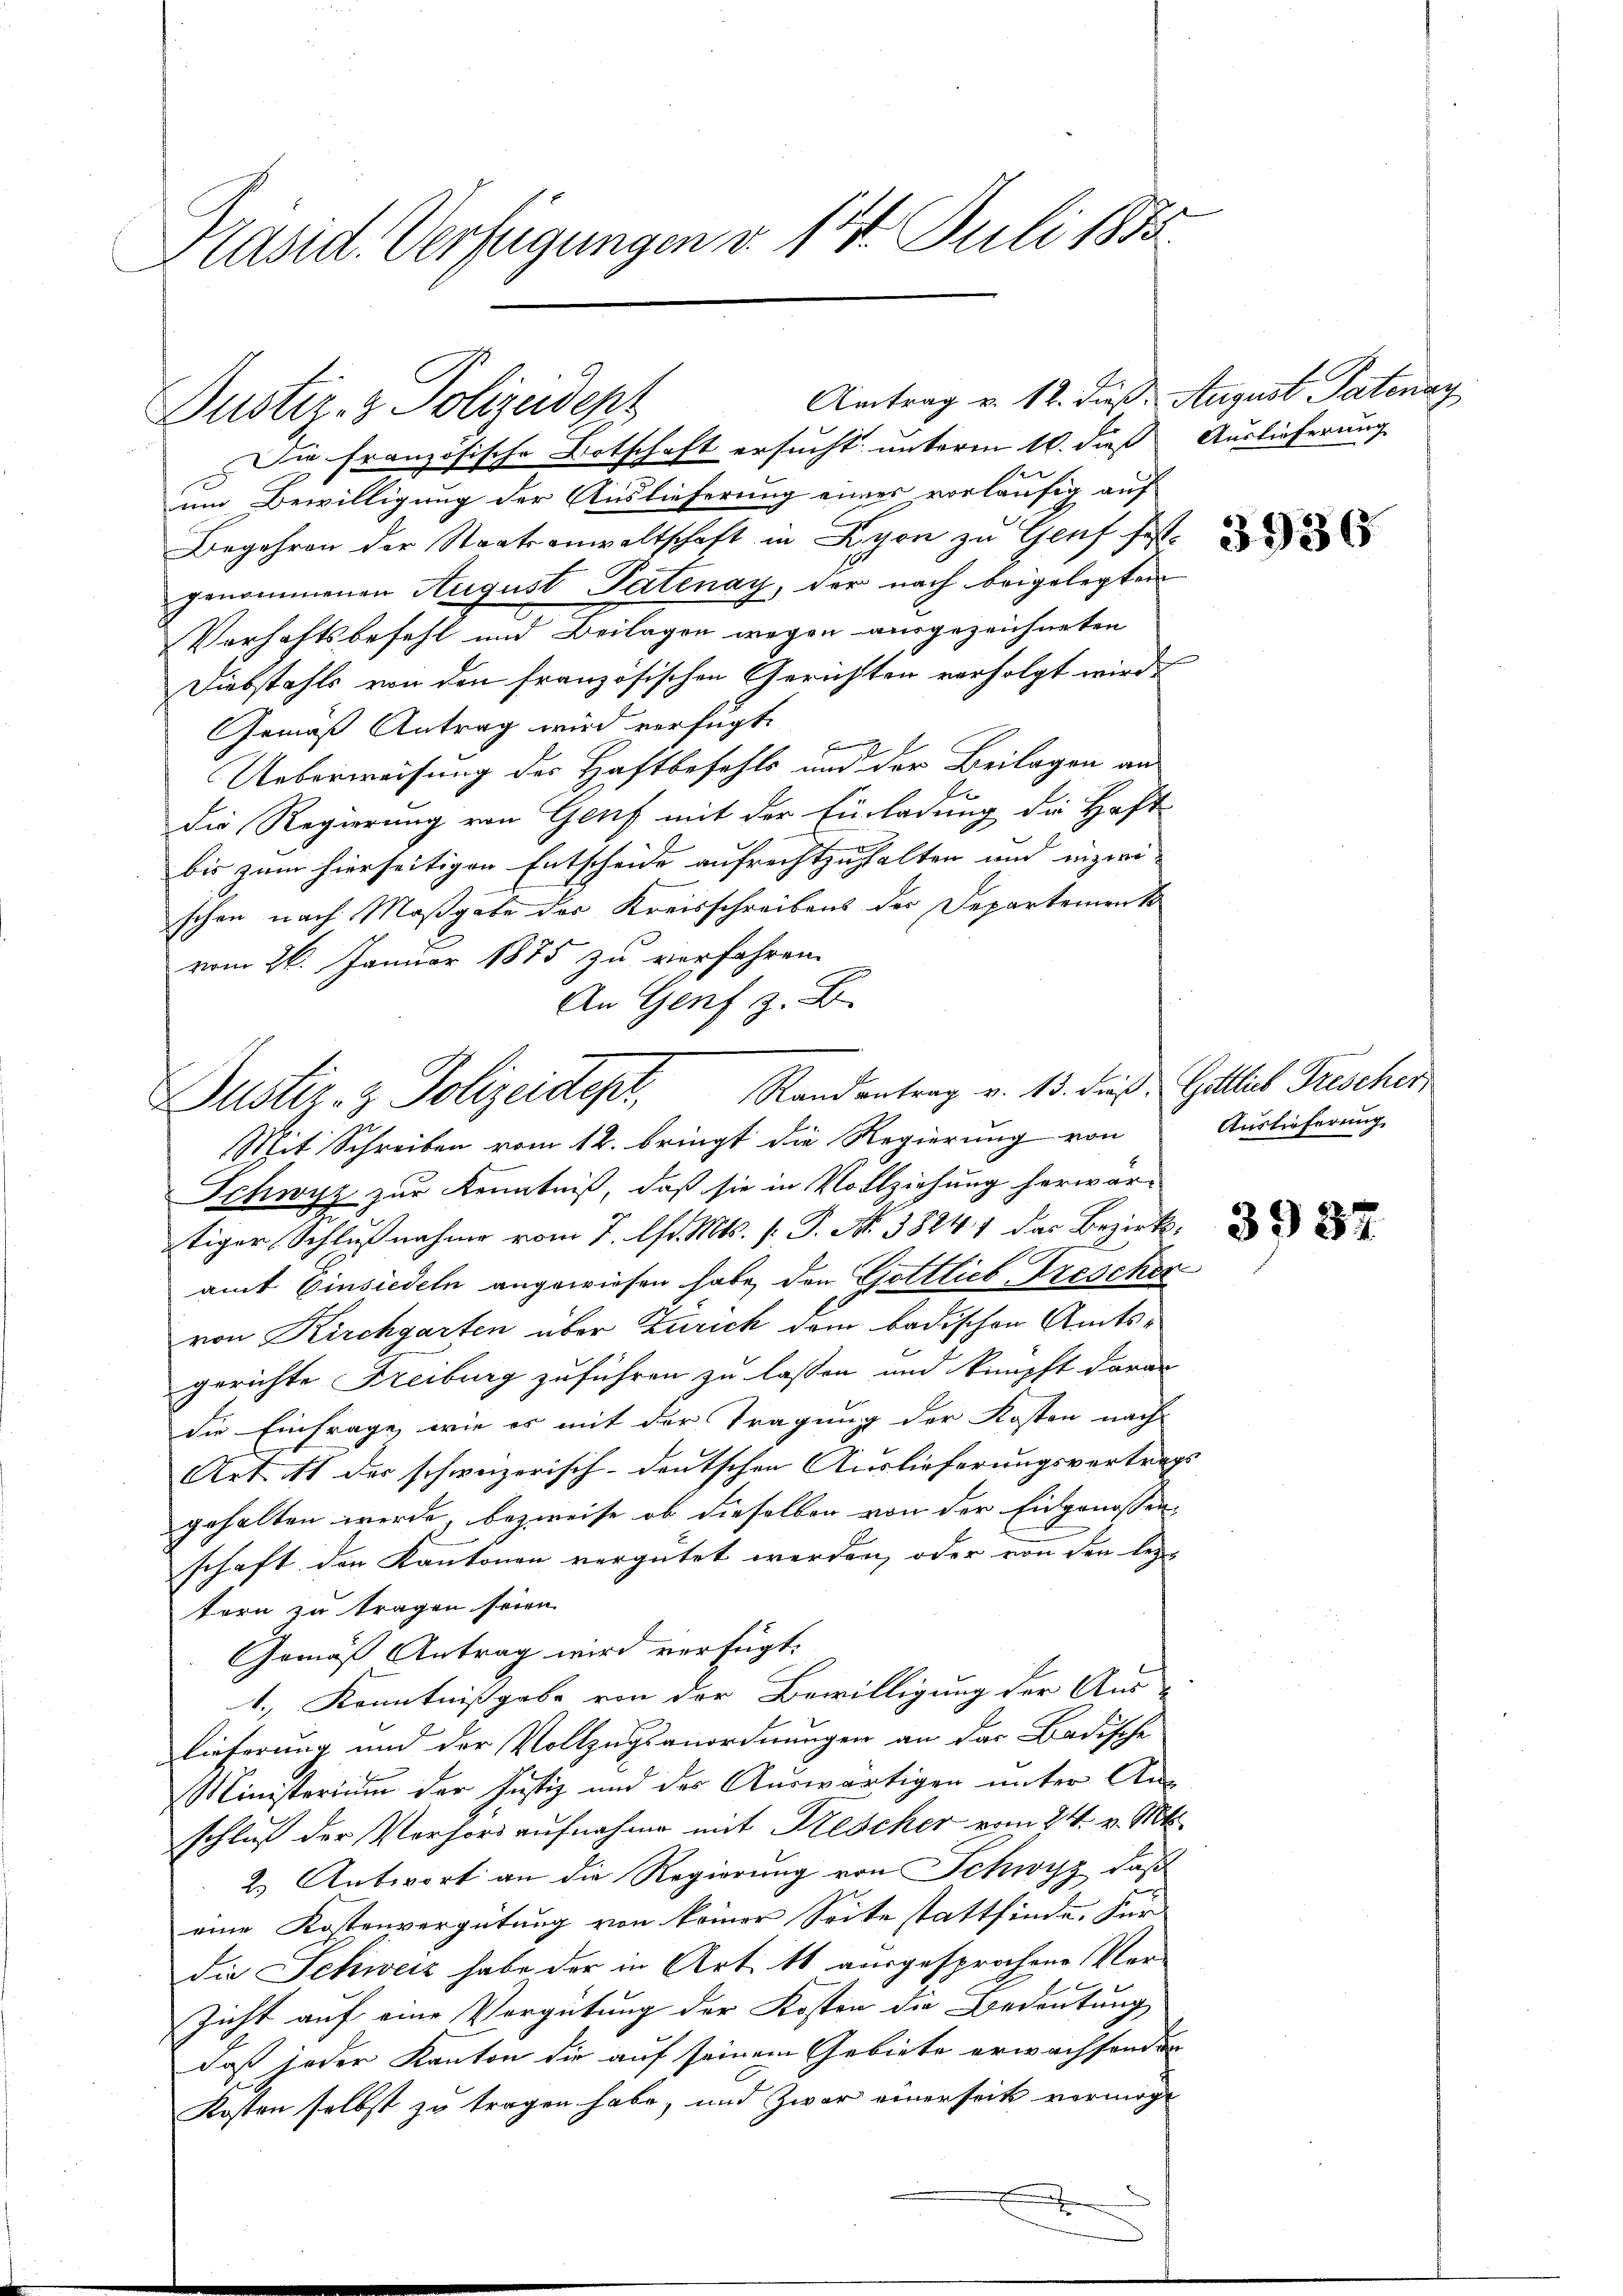
Präsid. Verfügungen v. 14. Juli 1885

Antrag v. 12. dieß. August Patenan
Justiz- & Polizeidepz

Die französische Botschaft ersucht unteren 10. dieß Auslieferung
um Bewilligung der Auslieferung eines vorläufig auf
Begehren der Staatsanwaltschaft in Lyon zu Genf festgenommenen August Patenay, der nach beigelegten
Verhaftsbefehl und Beilagen wegen ausgezeichneten
Diebstahls von den französischen Gerichten verfolgt wird.
Gemäß Antrag wird verfügt:
2
f
Ueberweisung des Haftbefehls und der Beilagen an
die Regierung von Genf mit der Einladung die Haft-
bis zum hierseitigen Entscheide aufrechtzuhalten und inzwi
schon nach Maßgabe des Kreisschreibens der Departement
vom 26. Januar 1875 zu verfahren.
An Genf z. B.
Mit Schreiben vom 12. bringt die Regierung von
Schwyz zur Kenntniß, daß sie in Vollziehung herwär-
tiger Schlußnahme vom 7. d. Mts. v. J. N. 38241 das Bezirksamt Einsiedeln angewiesen habe, den Gottlich Frescher
von Kirchgarten über Zürich dem badischen Amtsgerichte Freiburg zuführen zu lassen und knüpft daran
die Einfrage, wie es mit der Tragung der Kosten nach
Art. 11 der schweizerisch-deutschen Auslieferungsvertrags
gehalten werde, bezweife, ob dieselben von der Eidgenossen-
schaft der Kantonen vergütet werden, oder von den lezt
tern zu tragen seien.
Gemäß Antrag wird verfügt:
1., Kenntnißgabe von der Bewilligung der Aus-
lieferung und der Vollzugsanordnungen an das Badische
Ministerium der Justiz und des Auswärtigen unter An-
schluß der Vorhord aufnahme mit Bescher vom 24. v. Mts.
2. Antwort an die Regierung von Schwyz, daß
eine Kostenvergütung von keiner Seite stattfinde. Für
die Schweiz habe der in Art. 11 ausgesprochen Ver-
zicht auf eine Vergütung der Kosten die Bedeutung
daß jeder Kanton die auf seinem Gebiete erwachsenden
Kosten selbst zu tragen habe, und zwar einerseit vermöge

Justiz- & Polizeidept, Randantrag v. 13. dieß Gittel Frischer

3936

Auslieferung

3937